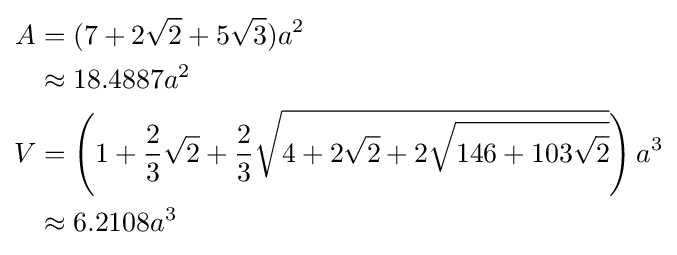
{\begin{aligned}A&=(7+2{\sqrt {2}}+5{\sqrt {3}})a^{2}\\&\approx 18.4887a^{2}\\V&=\left(1+{\frac {2}{3}}{\sqrt {2}}+{\frac {2}{3}}{\sqrt {4+2{\sqrt {2}}+2{\sqrt {146+103{\sqrt {2}}}}}}\right)a^{3}\\&\approx 6.2108a^{3}\end{aligned}}